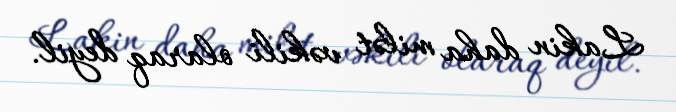
Lakin daha milət vəkili olaraq deyil.